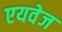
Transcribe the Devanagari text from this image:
एयवेज